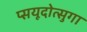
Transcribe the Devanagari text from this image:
प्सयूदोत्सुगा